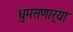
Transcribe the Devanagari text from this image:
धुमसणार्‍या